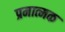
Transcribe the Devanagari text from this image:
प्रमात्मक